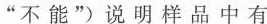
“不能”)说明样品中有